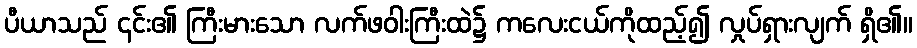
ပီယာသည် ၎င်း၏ ကြီးမားသော လက်ဖဝါးကြီးထဲ၌ ကလေးငယ်ကိုထည့်၍ လှုပ်ရှားလျက် ရှိ၏။